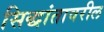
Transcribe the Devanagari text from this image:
सिद्धांतावरील